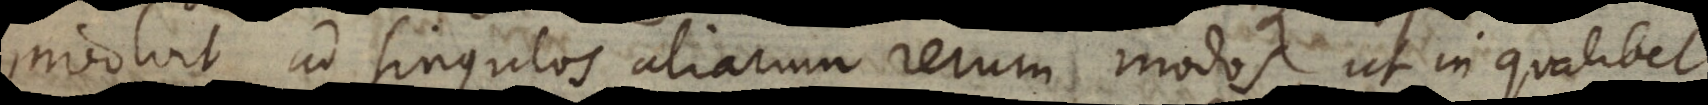
involvit ad singulos aliarum rerum modos, ut in qualibet